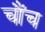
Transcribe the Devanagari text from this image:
चौंच